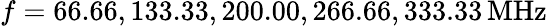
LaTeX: f=66.66,133.33,200.00,266.66,333.33\, \mathrm{MHz}